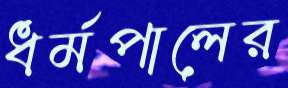
ধর্মপালের